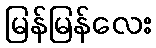
မြန်မြန်လေး